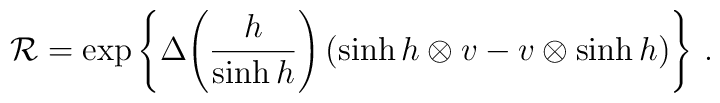
{\cal R}=\exp\left\{\Delta\!\left(\frac{h}{\sinh h}\right)(\sinh h\otimes v-v\otimes \sinh h)\right\}\,.